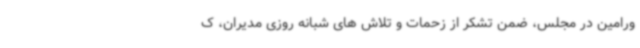
ورامین در مجلس، ضمن تشکر از زحمات و تلاش های شبانه روزی مدیران، ک